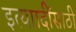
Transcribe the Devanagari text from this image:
इत्याादींसाठी